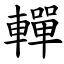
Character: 䡲